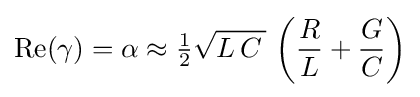
\operatorname {Re} (\gamma )=\alpha \approx {\tfrac {1}{2}}{\sqrt {L\,C\,}}\,\left({\frac {R}{L}}+{\frac {G}{C}}\right)